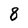
Character: 8